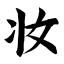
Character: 妆